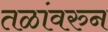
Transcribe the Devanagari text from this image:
तळांवरुन